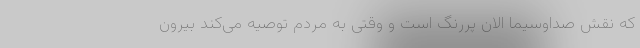
که نقش صداوسیما الان پررنگ است و وقتی به مردم توصیه می‌کند بیرون